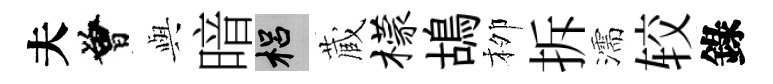
夫曾𫤰暗梠蔵檬鴣栁拆濡较錄